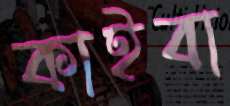
কাইবা